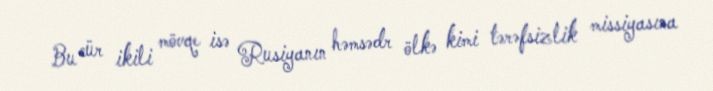
Bu cür ikili mövqe isə Rusiyanın həmsədr ölkə kimi tərəfsizlik missiyasına